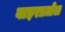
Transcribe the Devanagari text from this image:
वाइराज़ोल